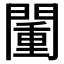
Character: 𨵮